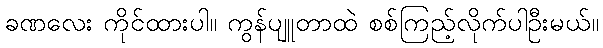
ခဏလေး ကိုင်ထားပါ။ ကွန်ပျူတာထဲ စစ်ကြည့်လိုက်ပါဦးမယ်။